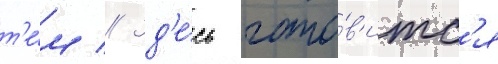
т'е́м // Зд'е́сь гото́в'итс'я